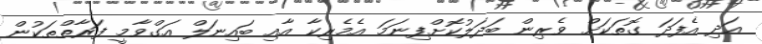
އަދި އެފަދަ ގޮތަކަށް ވެރިން ބަދަލުކޮށްފިނަމަ އެމެރިކާ އާއި ބައިނަލް އަގްވާމީ ފަރާތްތަކުން